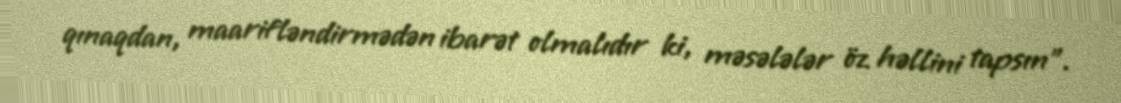
qınaqdan, maarifləndirmədən ibarət olmalıdır ki, məsələlər öz həllini tapsın”.